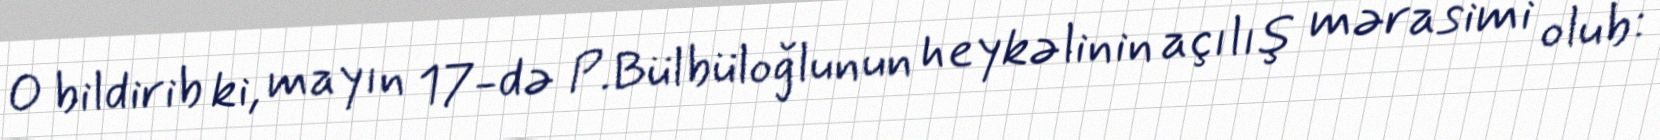
O bildirib ki, mayın 17-də P.Bülbüloğlunun heykəlinin açılış mərasimi olub: